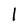
Character: l